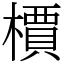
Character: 檟